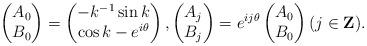
LaTeX: \begin{align*} \begin{pmatrix} A_0 \cr B_0\end{pmatrix}=\begin{pmatrix} -k^{-1}\sin k \cr\cos k -e^{i\theta}\end{pmatrix},\begin{pmatrix} A_j \cr B_j\end{pmatrix}=e^{ij\theta}\begin{pmatrix} A_0 \cr B_0\end{pmatrix}(j\in \mathbf{Z}).\end{align*}